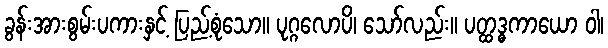
ခွန်းအားစွမ်းပကားနှင့် ပြည့်စုံသော။ ပုဂ္ဂလောပိ၊ သော်လည်း။ ပတ္ထဒ္ဓကာယော ဝါ၊